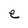
Character: e